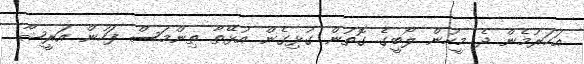
އަހަރުމެން ދެ މީހުން ލޯބީގެ ގޮތުން ގުޅިގެން އުޅޭތާ ތިންމަސް ފަހުން އަރީޝާ